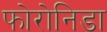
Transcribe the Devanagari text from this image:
फोरोनिडा